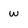
Character: w